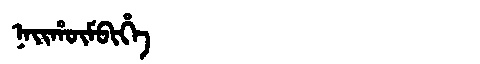
Manchu: ᠨᠠᡳᡥᡡᠮᠪᡳᡥᡝ
Romanization: NAIHŪMBIHE